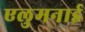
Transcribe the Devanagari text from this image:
एलुमनाई